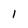
Character: l